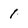
Character: 1